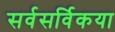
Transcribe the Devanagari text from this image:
सर्वसर्विकया